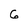
Character: G